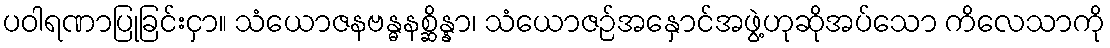
ပဝါရဏာပြုခြင်းငှာ။ သံယောဇနဗန္ဓနစ္ဆိန္နာ၊ သံယောဇဉ်အနှောင်အဖွဲ့ဟုဆိုအပ်သော ကိလေသာကို